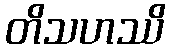
တိသဟဿိ